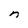
Character: n